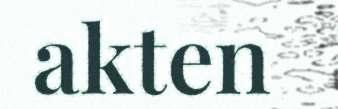
akten